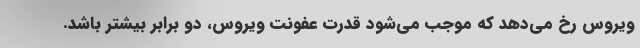
ویروس رخ می‌دهد که موجب می‌شود قدرت عفونت ویروس، دو برابر بیشتر باشد.